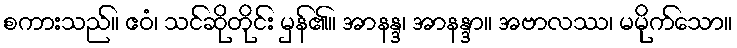
စကားသည်။ ဧဝံ၊ သင်ဆိုတိုင်း မှန်၏။ အာနန္ဒ၊ အာနန္ဒာ။ အဗာလဿ၊ မမိုက်သော။